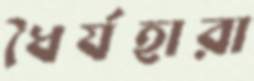
ধৈর্যহারা